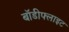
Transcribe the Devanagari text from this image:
बॉडीफ्लाइट